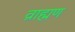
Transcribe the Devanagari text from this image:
व्राह्मण